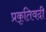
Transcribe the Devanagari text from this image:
प्रकृतिवदी